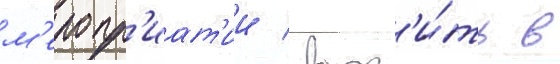
м'еропр'иат'ии / вход'и́ть в